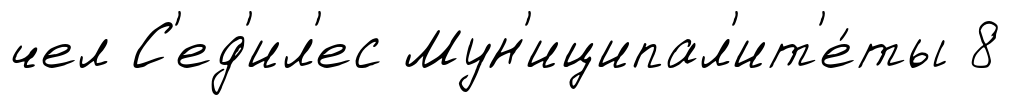
чел С'ед'ил'ес Мун'иципал'ит'е́ты 8